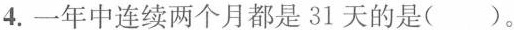
4.一年中连续两个月都是31天的是( )。